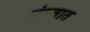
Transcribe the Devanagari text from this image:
संगतात